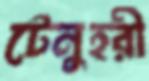
টেনুহরী